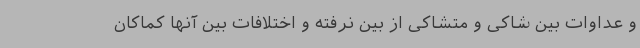
و عداوات بین شاکی و متشاکی از بین نرفته و اختلافات بین آنها کماکان